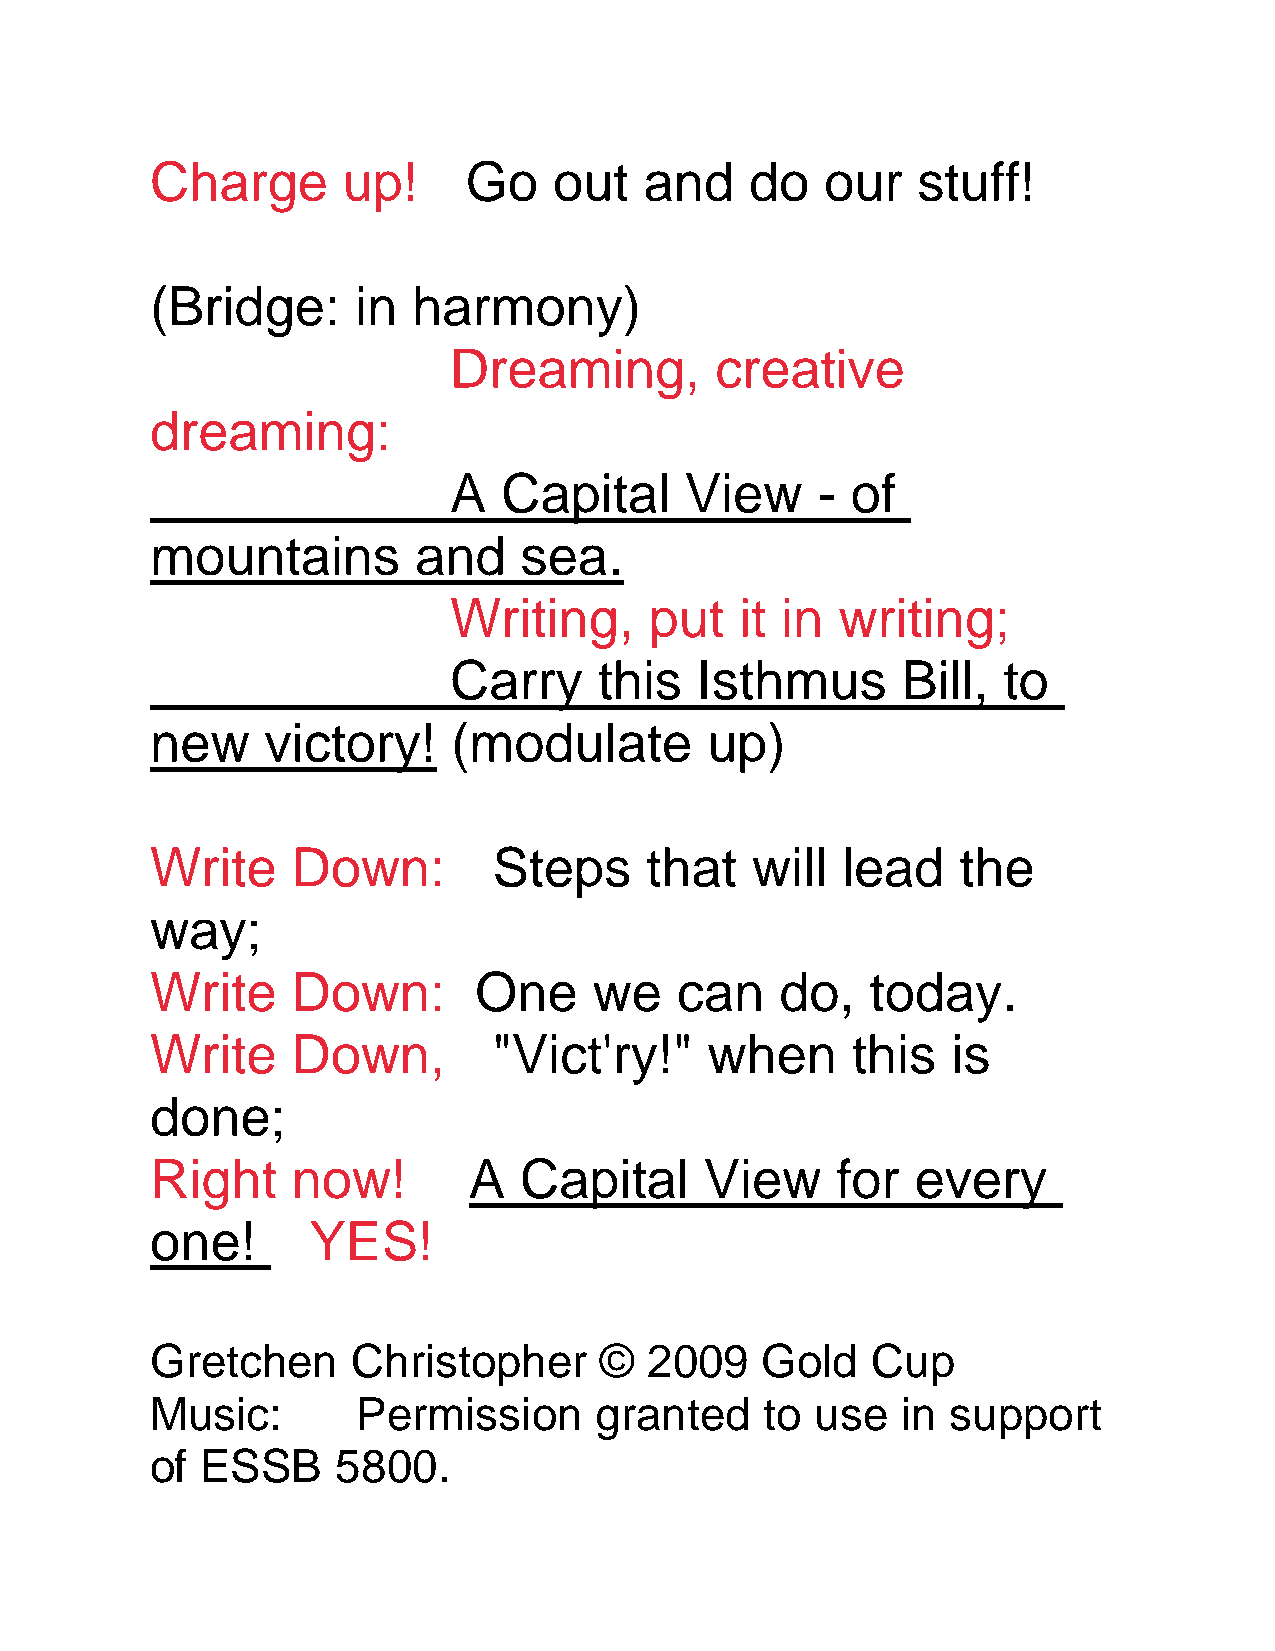
Charge       up!     Go    out   and    do   our   stuff!
 (Bridge:      in harmony)
 Dreaming,        creative
 dreaming:
 A  Capital     View     - of
 mountains        and    sea.
 Writing,     put   it in  writing;
 Carry     this  Isthmus       Bill, to
 new     victory!    (modulate        up)
 Write    Down:         Steps     that   will  lead    the
 way;
 Write    Down:       One     we    can    do,   today.
 Write    Down,         "Vict'ry!"    when     this   is
 done;
 Right    now!        A  Capital      View    for   every
 one!      YES!
 Gretchen     Christopher      ©  2009   Gold    Cup
 Music:        Permission     granted     to use   in support
 of ESSB     5800.